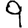
Digit: 9